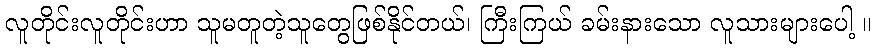
လူတိုင်းလူတိုင်းဟာ သူမတူတဲ့သူတွေဖြစ်နိုင်တယ်၊ ကြီးကြယ် ခမ်းနားသော လူသားများပေါ့ ။